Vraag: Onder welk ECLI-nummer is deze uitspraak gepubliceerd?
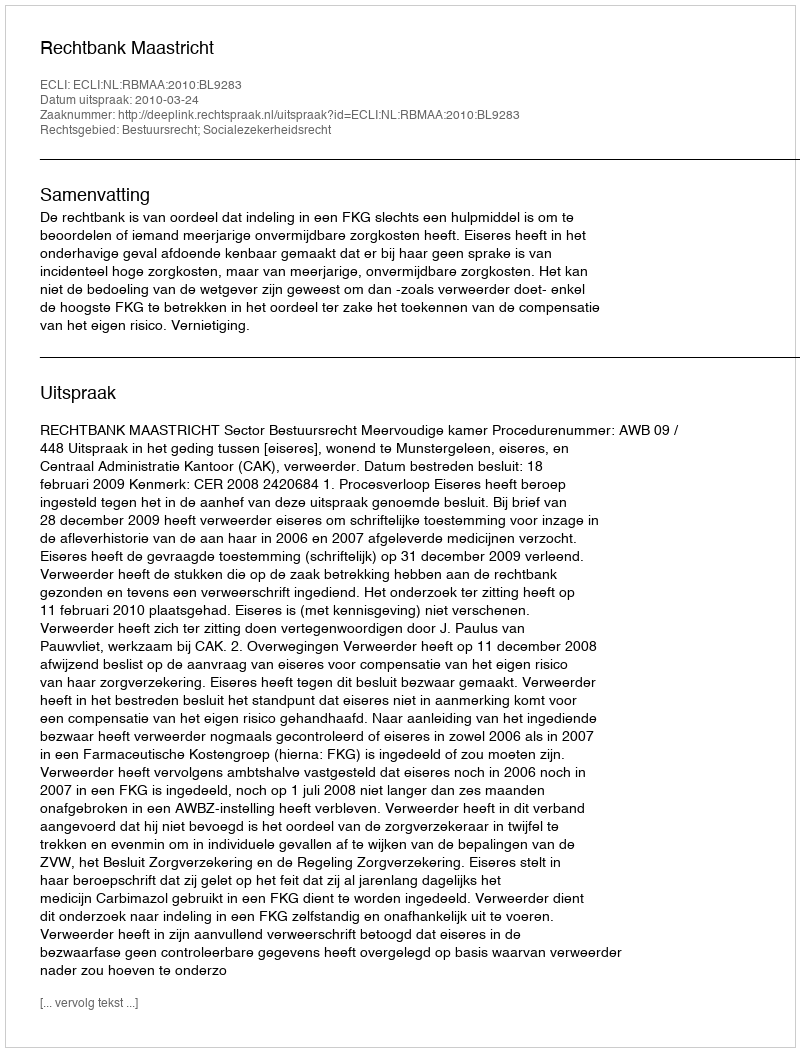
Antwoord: ECLI:NL:RBMAA:2010:BL9283